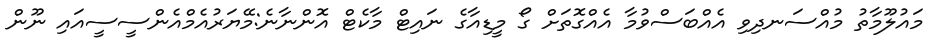
މައުލޫމާތު މުއްސަނދިވި އެއްބަސްވުމާ އެއްގޮތަށް ގޯ މީޑިއާގެ ނައިޓް މާކެޓް އޮންނާނެ:މޭޔަރުއެމްއެންސީސީއައި ނޫން